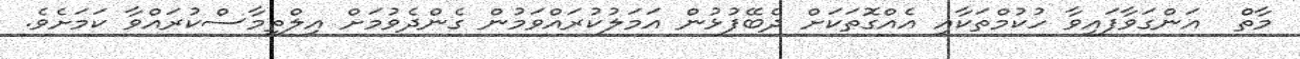
މާތް  އަންގަވާފައިވާ ހުކުމްތަކާއި އެއްގޮތަކަށް ދެބޭފުޅުން އަމަލުކުރައްވަމުން ގެންދެވުމަށް އިލްތިމާސްކުރައްވާ ކަމަށެވެ.